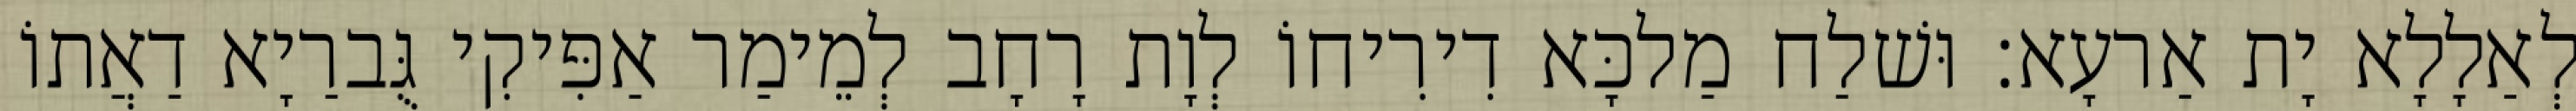
לְאַלָלָא יָת אַרעָא׃ וּשׁלַח מַלכָּא דִירִיחוֹ לְוָת רָחָב לְמֵימַר אַפִּיקִי גֻּברַיָא דַאֲתוֹ